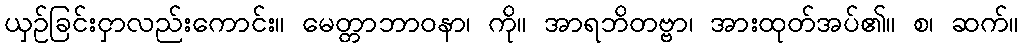
ယှဉ်ခြင်းငှာလည်းကောင်း။ မေတ္တာဘာဝနာ၊ ကို။ အာရဘိတဗ္ဗာ၊ အားထုတ်အပ်၏။ စ၊ ဆက်။